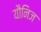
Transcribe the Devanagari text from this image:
यौनिज